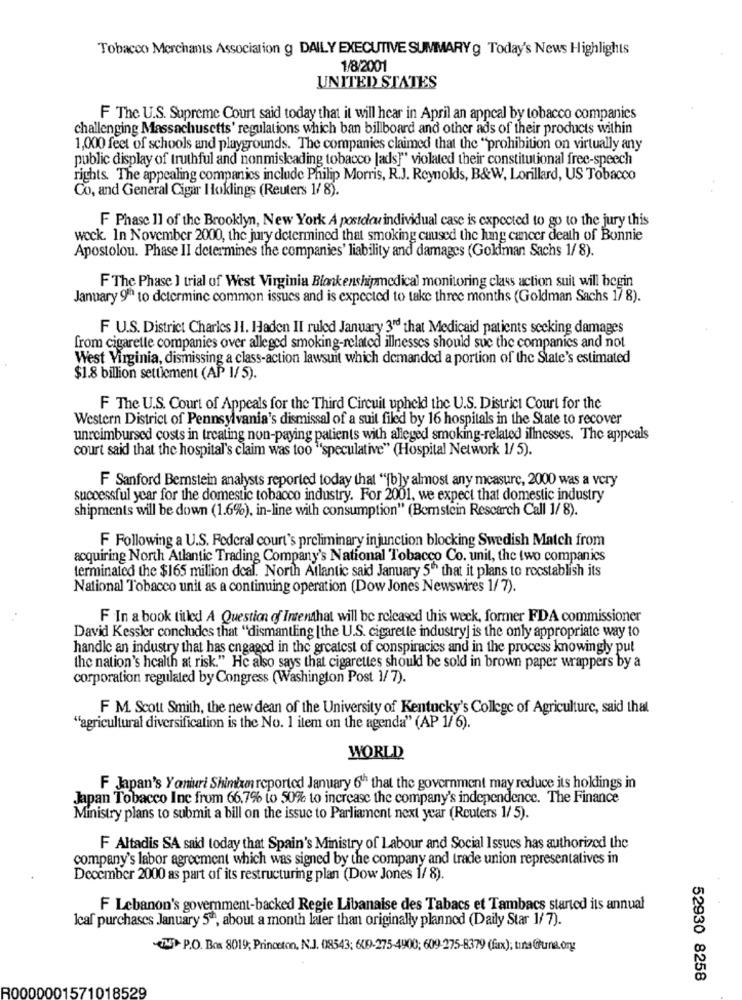
Tobacco Merchants Association g DAILY EXECUTIVE SUMMARY g Today's News Highlights
1/8/2001
UNITED STATES
F The U.S. Supreme Court said today that it will hear in April an appeal by tobacco companies
challenging Massachusetts' regulations which ban billboard and other ads of their products within
1,000 feet of schools and playgrounds. The companies claimed that the "prohibition on virtually any
public display of truthful and nonmisleading tobacco [ads]" violated their constitutional free-speech
rights. The appealing companies include Philip Morris, R.J. Reynolds, B&W, Lorillard, US Tobacco
Co, and General Cigar Hoklings (Reuters 1/ 8).
F Phase 1] of the Brooklyn, New York A postolow individual case is expected to go to the jury this
wock. In November 2000, the jury determined that smoking caused the lung cancer death of Bonnie
Apostolou. Phase II determines the companies' liability and damages (Gokiman Sachs 1/ 8).
F The Phase 1 trial of West Virginia Blankenshipmedical monitoring class action suit will begin
January 9ª to determine common issues and is expected to take three months (Goldman Sachs 17 8).
F U.S. District Charles II. Haden II ruled January 3rd that Medicaid patients seeking damages
from cigarette companies over alleged smoking-related illnesses should sue the companies and not
West Virginia, dismissing a class-action lawsuit which demanded a portion of the State's estimated
$1.8 billion settlement (AP 1/ 5).
F The U.S. Court of Appeals for the Third Circuit upheld the U.S. District Court for the
Western District of Pennsylvania's dismissal of a suit filed by 16 hospitals in the State to recover
unreimbursed costs in treating non-paying patients with alleged smoking-related illnesses. The appeals
court said that the hospital's claim was too "speculative" (Hospital Network 1/ 5).
F Sanford Bernstein analysts reported today that "[b]y almost any measure, 2000 was a very
successful year for the domestic tobacco industry. For 2001, we expect that domestic industry
shipments will be down (1.6%), in-line with consumption" (Bernstein Rescarch Call 1/ 8).
F Following a U.S. Federal court's preliminary injunction blocking Swedish Match from
acquiring North Atlantic Trading Company's National Tobacco Co. unit, the two companies
terminated the $165 million deal. North Atlantic said January 5" that it plans to rocstablish its
National Tobacco unit as a continuing operation (Dow Jones Newswires 1/7).
F In a book titled A Question of Intenthat will be released this week, former FDA commissioner
David Kessler concludes that "dismantling [the U.S. cigarette industry] is the only appropriate way to
handle an industry that has engaged in the greatest of conspiracies and in the process knowingly put
the nation's health at risk." He also says that cigarettes should be sold in brown paper wrappers by a
corporation regulated by Congress (Washington Post 1/7).
F M. Scott Smith, the new dean of the University of Kentucky's College of Agriculture, said that
"agricultural diversification is the No. 1 ilem on the agenda" (AP 1/ 6).
WORLD
F Japan's Y aniuri Shimizin reported January 6" that the government may reduce its holdings in
Japan Tobacco Inc from 66.7% to 50% to increase the company's independence. The Finance
Ministry plans to submit a bill on the issue to Parliament next year (Reuters 1/ 5).
F Altadis SA said today that Spain's Ministry of Labour and Social Issues has authorized the
company's labor agreement which was signed by the company and trade union representatives in
December 2000 as part of its restructuring plan (Dow Jones 1/ 8).
F Lebanon's government-backed Regie Libanaise des Tabacs et Tambacs started its annual
Ical purchases January 5ª, about a month later than originally planned (Daily Star 1/7).
ET P.O. Box 8019; Princeton, N.J. 08543; 609-275-4900; 609-275-8379 (fx); tina@luna.org
52930 8258
R0000001571018529